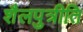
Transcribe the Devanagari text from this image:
शैलपुत्रीति